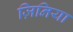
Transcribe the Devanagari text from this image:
ज़िनिया